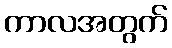
ကာလအတွက်